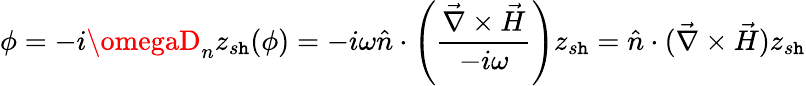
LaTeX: \phi=-i\omegaD_{n}z_{s\mathtt{h}}(\phi)=-i\omega\hat{{n}}\cdot\left(\frac{{\vec{{\nabla}}\times\vec{{H}}}}{{-i\omega}}\right)z_{s\mathtt{h}}=\hat{{n}}\cdot(\vec{{\nabla}}\times\vec{{H}})z_{s\mathtt{h}}